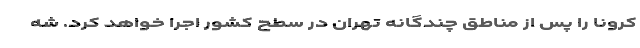
کرونا را پس از مناطق چندگانه تهران در سطح کشور اجرا خواهد کرد. شه